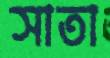
সাতা